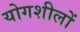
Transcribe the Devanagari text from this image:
योगशीलों